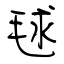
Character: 毬